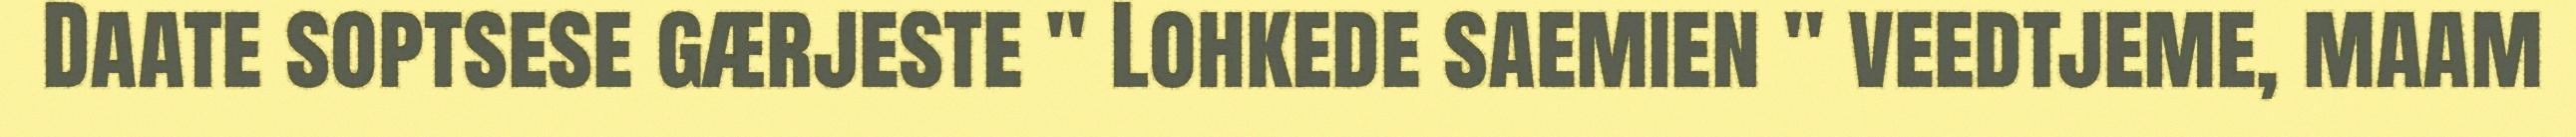
Daate soptsese gærjeste " Lohkede saemien " veedtjeme, maam